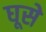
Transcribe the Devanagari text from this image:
घूसे